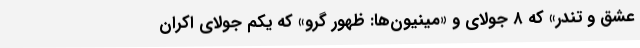
عشق و تندر» که ۸ جولای و «مینیون‌ها: ظهور گرو» که یکم جولای اکران